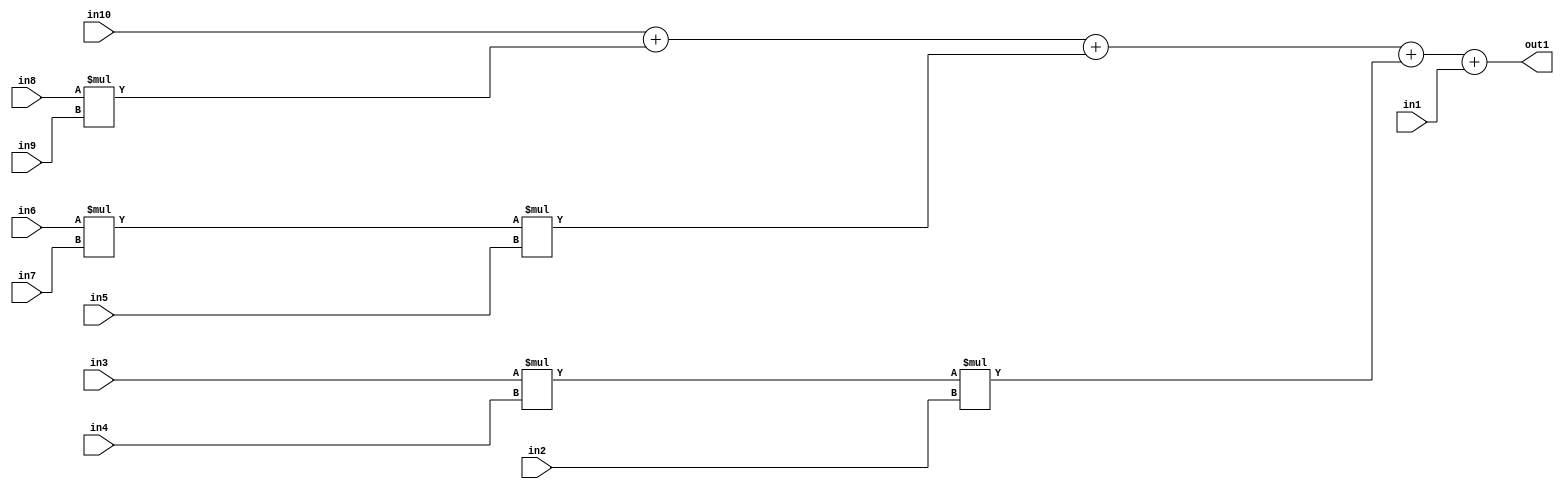
`timescale 1ps / 1ps
/*****************************************************************************
    Verilog RTL Description
    
    
    Created by: Stratus DpOpt 2019.1.01 
*******************************************************************************/

module st_weight_addr_gen_Add5u32Mul3u16u16u16Mul3u16u16u16Mul2u16u16u16_4_7 (
	in10,
	in9,
	in8,
	in7,
	in6,
	in5,
	in4,
	in3,
	in2,
	in1,
	out1
	); /* architecture "behavioural" */ 
input [15:0] in10,
	in9,
	in8,
	in7,
	in6,
	in5,
	in4,
	in3,
	in2;
input [31:0] in1;
output [31:0] out1;
wire [31:0] asc001,
	asc002,
	asc003;

assign asc002 = 
	+(in6 * in7);

assign asc003 = 
	+(in3 * in4);

wire [31:0] asc001_tmp_0;
wire [31:0] asc001_tmp_1;
wire [31:0] asc001_tmp_2;
wire [31:0] asc001_tmp_3;
assign asc001_tmp_3 = 
	+(in10);
assign asc001_tmp_2 = asc001_tmp_3
	+(in8 * in9);
assign asc001_tmp_1 = asc001_tmp_2
	+(asc002 * in5);
assign asc001_tmp_0 = asc001_tmp_1
	+(asc003 * in2);
assign asc001 = asc001_tmp_0
	+(in1);

assign out1 = asc001;
endmodule

/* CADENCE  vLXzQgE= : u9/ySgnWtBlWxVPRXgAZ4Og= ** DO NOT EDIT THIS LINE ******/